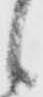
候